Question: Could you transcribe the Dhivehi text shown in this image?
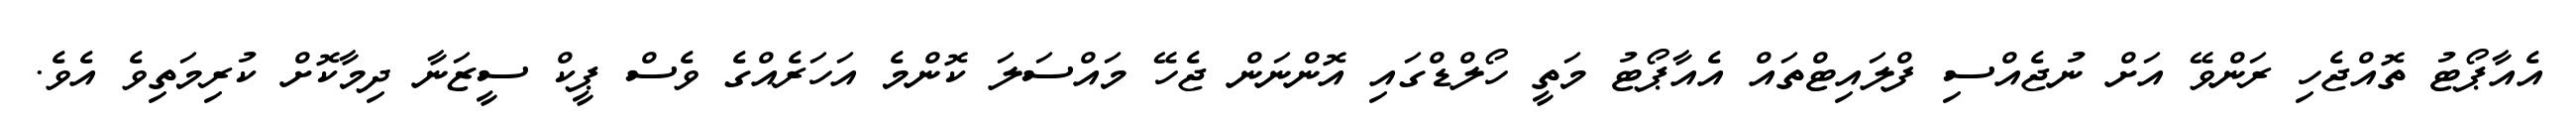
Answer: އެއާޕޯޓު ތޮއްޖެހި ރަންވޭ އަށް ނުޖެއްސި ފްލައިޓްތައް އެއާޕޯޓު މަތީ ހޯލްޑްގައި އޮންނަން ޖެހޭ މައްސަލަ ކޮންމެ އަހަރެއްގެ ވެސް ޕީކް ސީޒަނާ ދިމާކޮށް ކުރިމަތިވެ އެވެ.